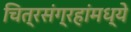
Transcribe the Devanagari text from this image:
चित्रसंग्रहांमध्ये